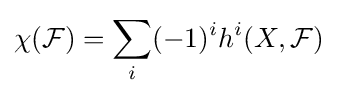
\chi ({\mathcal {F}})=\sum _{i}(-1)^{i}h^{i}(X,{\mathcal {F}})\